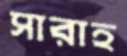
সারাহ